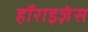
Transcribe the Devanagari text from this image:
हॉराइज़ंस